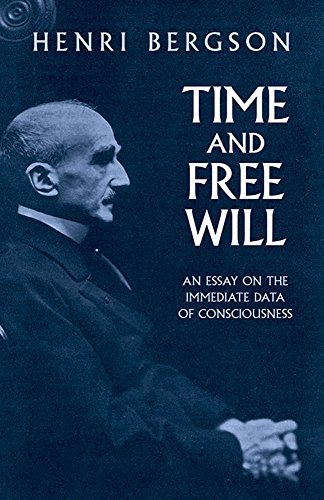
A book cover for Time and Free Will: An Essay on the Immediate Data of Consciousness; Henri Bergson; Science & Math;